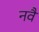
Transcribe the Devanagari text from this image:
नवै